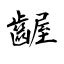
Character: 齷